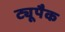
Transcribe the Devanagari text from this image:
ट्यूपैक